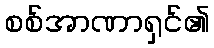
စစ်အာဏာရှင်၏